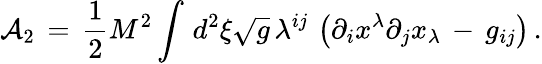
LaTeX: {\cal A}_{2}\, =\, \frac{1}{2}M^{2}\int_{}^{}d^{2}\xi\sqrt{g}\, \lambda^{ij}\, \left(\partial_{i}x^{\lambda}\partial_{j}x_{\lambda}\, -\, g_{ij}\right)\, {.}